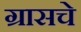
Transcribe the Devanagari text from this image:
ग्रासचे